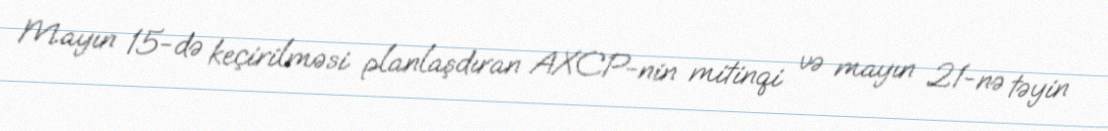
Mayın 15-də keçirilməsi planlaşdıran AXCP-nin mitinqi və mayın 21-nə təyin